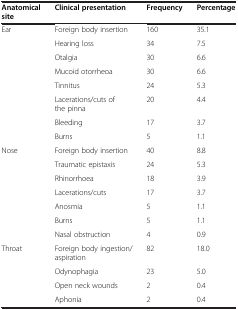
<table><thead><tr><td><b>Anatomical site</b></td><td><b>Clinical presentation</b></td><td><b>Frequency</b></td><td><b>Percentage</b></td></tr></thead><tbody><tr><td rowspan="8">Ear</td><td>Foreign body insertion</td><td>160</td><td>35.1</td></tr><tr><td>Hearing loss</td><td>34</td><td>7.5</td></tr><tr><td>Otalgia</td><td>30</td><td>6.6</td></tr><tr><td>Mucoid otorrheoa</td><td>30</td><td>6.6</td></tr><tr><td>Tinnitus</td><td>24</td><td>5.3</td></tr><tr><td>Lacerations/cuts of the pinna</td><td>20</td><td>4.4</td></tr><tr><td>Bleeding</td><td>17</td><td>3.7</td></tr><tr><td>Burns</td><td>5</td><td>1.1</td></tr><tr><td rowspan="7">Nose</td><td>Foreign body insertion</td><td>40</td><td>8.8</td></tr><tr><td>Traumatic epistaxis</td><td>24</td><td>5.3</td></tr><tr><td>Rhinorrhoea</td><td>18</td><td>3.9</td></tr><tr><td>Lacerations/cuts</td><td>17</td><td>3.7</td></tr><tr><td>Anosmia</td><td>5</td><td>1.1</td></tr><tr><td>Burns</td><td>5</td><td>1.1</td></tr><tr><td>Nasal obstruction</td><td>4</td><td>0.9</td></tr><tr><td rowspan="4">Throat</td><td>Foreign body ingestion/aspiration</td><td>82</td><td>18.0</td></tr><tr><td>Odynophagia</td><td>23</td><td>5.0</td></tr><tr><td>Open neck wounds</td><td>2</td><td>0.4</td></tr><tr><td>Aphonia</td><td>2</td><td>0.4</td></tr></tbody></table>